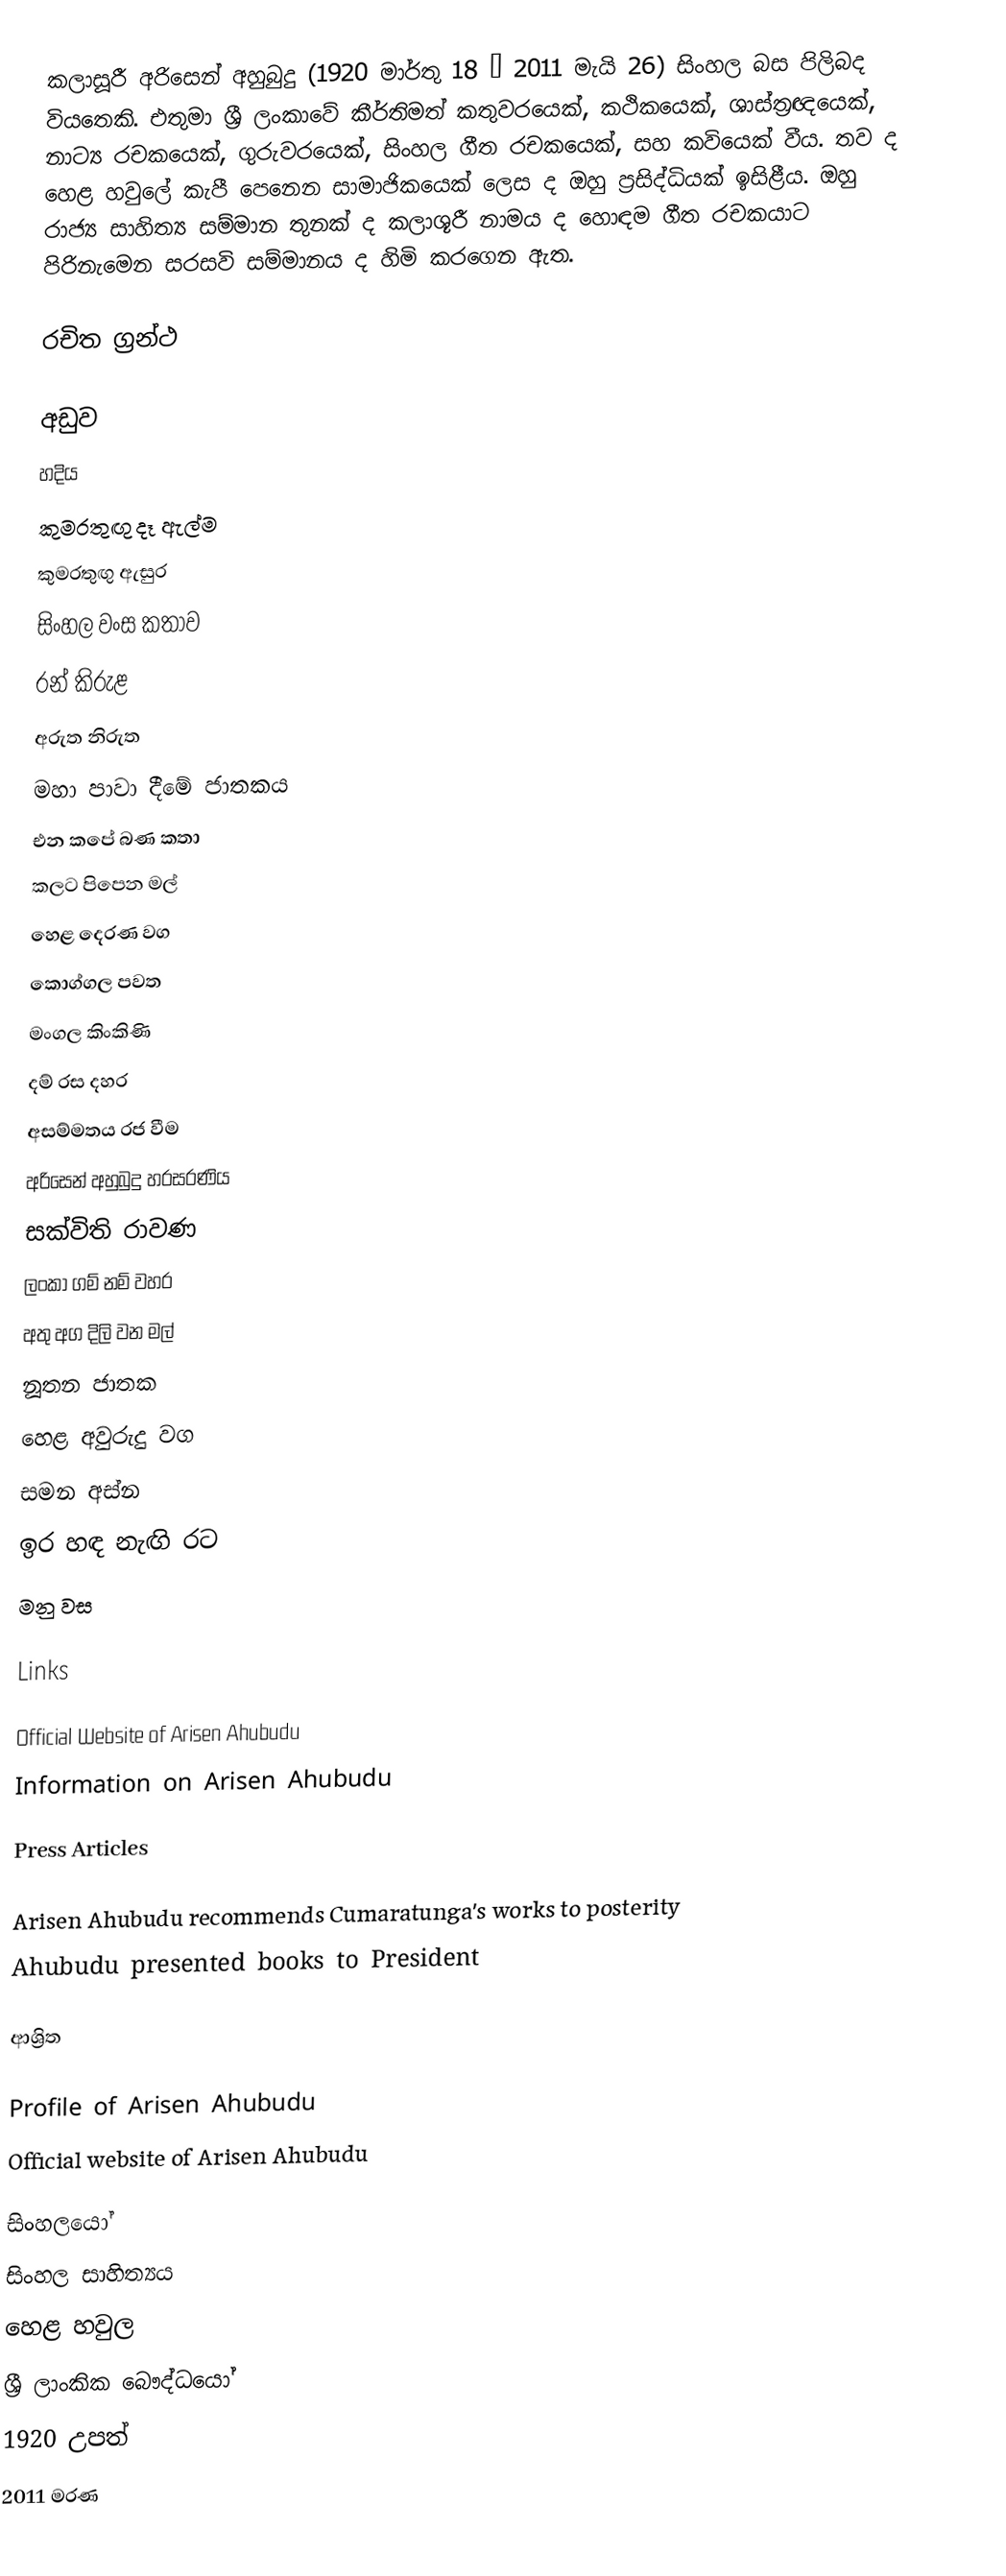
කලාසූරී අරිසෙන් අහුබුදු (1920 මාර්තු 18 – 2011 මැයි 26)  සිංහල බස පිලිබද වියතෙකි. එතුමා ශ්‍රී ලංකාවේ කීර්තිමත් කතුවරයෙක්, කථිකයෙක්, ශාස්ත්‍රඥයෙක්, නාට්‍ය රචකයෙක්, ගුරුවරයෙක්, සිංහල ගීත රචකයෙක්, සහ කවියෙක් වීය. තව ද හෙළ හවුලේ කැපී පෙනෙන සාමාජිකයෙක් ලෙස ද ඔහු ප්‍රසිද්ධියක් ඉසිළීය. ඔහු රාජ්‍ය සාහිත්‍ය සම්මාන තුනක් ද කලාශූරී නාමය ද හොඳම ගීත රචකයාට පිරිනැමෙන සරසවි සම්මානය ද හිමි කරගෙන ඇත.

රචිත ග්‍රන්ථ

 අඩුව
 හදිය
 කුමරතුඟු දෑ ඇල්ම
 කුමරතුඟු ඇසුර
 සිංහල වංස කතාව
 රන් කිරුළ
 අරුත නිරුත
 මහා පාවා දීමේ ජාතකය
 එන කපේ බණ කතා
 කලට පිපෙන මල්
 හෙළ දෙරණ වග
 කොග්ගල පවත
 මංගල කිංකිණි
 දම් රස දහර
 අසම්මතය රජ වීම
 අරිසෙන් අහුබුදු හරසරණිය
 සක්විති රාවණ
 ලංකා ගම් නම් වහර
 අතු අග දිලි වන මල්
 නූතන ජාතක
 හෙළ අවුරුදු වග
 සමන අස්න
 ඉර හඳ නැඟි රට
 මනු වස

Links

Official Website of Arisen Ahubudu
Information on Arisen Ahubudu

Press Articles

Arisen Ahubudu recommends Cumaratunga's works to posterity
Ahubudu presented books to President

ආශ්‍රිත

 Profile of Arisen Ahubudu
 Official website of Arisen Ahubudu

සිංහලයෝ
සිංහල සාහිත්‍යය
හෙළ හවුල
ශ්‍රී ලාංකික බෞද්ධයෝ
1920 උපත්
2011 මරණ